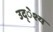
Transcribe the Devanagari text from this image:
उद्ेश्य